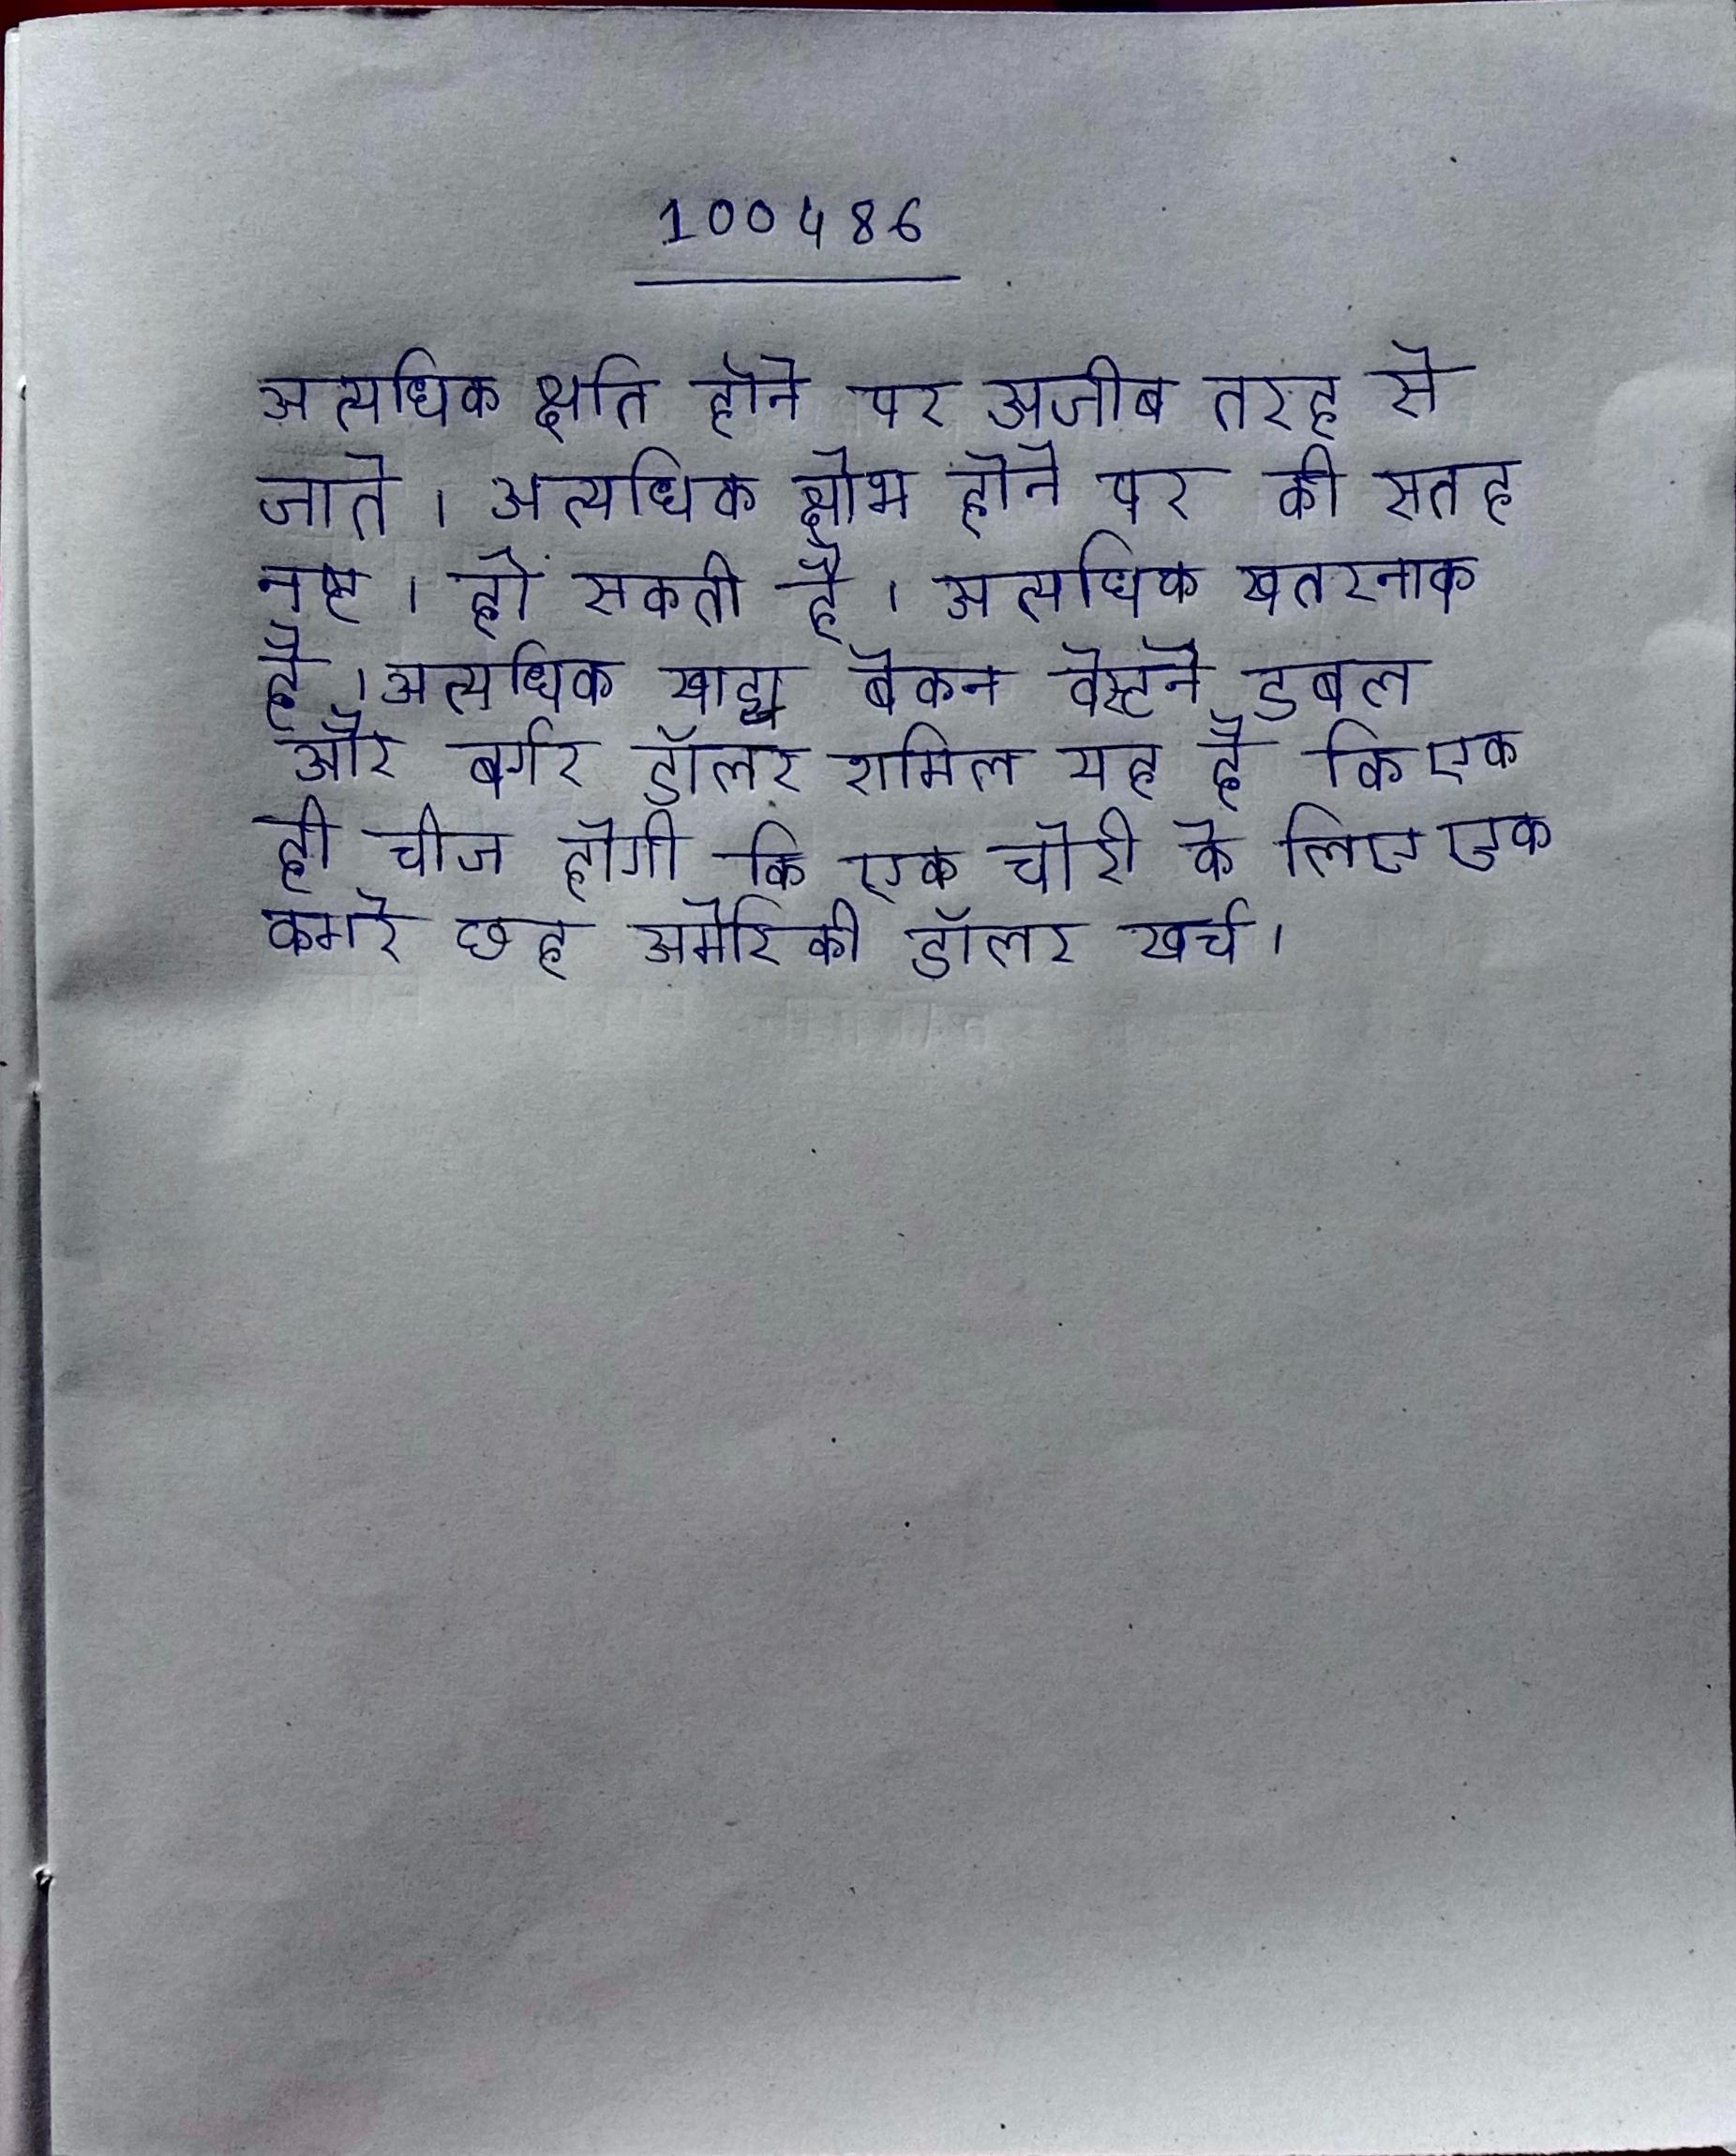
अत्यधिक क्षति होने पर अजीब तरह से जाते । अत्यधिक क्षोभ होने पर की सतह नष्ट हो सकती है । अत्यधिक खतरनाक है । अत्यधिक खाद्य बेकन वेस्टर्न डबल और बर्गर डॉलर शामिल यह है कि एक ही चीज होगी कि एक चोरी के लिए एक कमरे छह अमेरिकी डॉलर खर्च ।